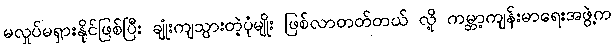
မလှုပ်မရှားနိုင်ဖြစ်ပြီး ချုံးကျသွားတဲ့ပုံမျိုး ဖြစ်လာတတ်တယ် လို့ ကမ္ဘာ့ကျန်းမာရေးအဖွဲ့က